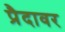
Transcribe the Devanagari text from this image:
प्रैदावर